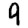
Digit: 9